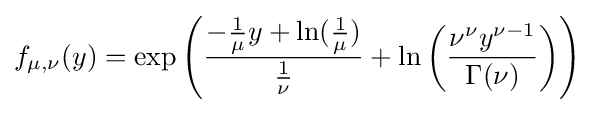
f_{\mu ,\nu }(y)=\exp \left({\frac {-{\frac {1}{\mu }}y+\ln({\frac {1}{\mu }})}{\frac {1}{\nu }}}+\ln \left({\frac {\nu ^{\nu }y^{\nu -1}}{\Gamma (\nu )}}\right)\right)